Senior Leaving Certificate Examination (including Day School Certificate (Higher) General paper), 1946
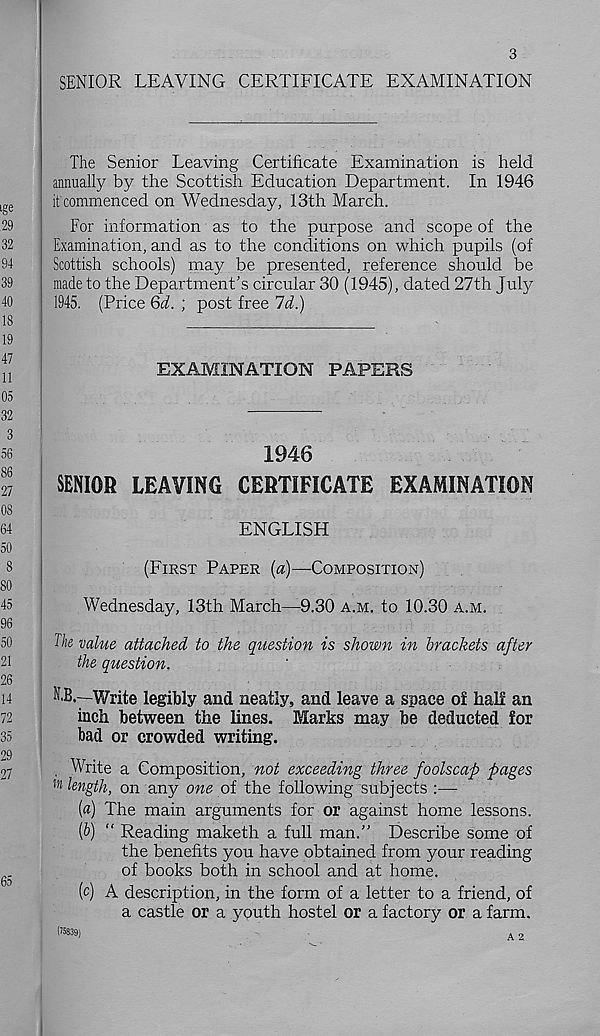
3
SENIOR LEAVING CERTIFICATE EXAMINATION
The Senior Leaving Certificate Examination is held
annually by the Scottish Education Department. In 1946
it'commenced on Wednesday, 13th March.
For information as to the purpose and scope of the
Examination, and as to the conditions on which pupils (of
Scottish schools) may be presented, reference should be
made to the Department’s circular 30 (1945), dated 27th July
1945. (Price Qd. ; post free Id.)
EXAMINATION PAPERS
1946
SENIOR LEAVING CERTIFICATE EXAMINATION
ENGLISH
(FIRST PAPER (a)—-COMPOSITION)
Wednesday, 13th March—9.30 A.M. to 10.30 A.M.
The value attached to the question is shown in brackets after
the question.
liB.—Write legibly and neatly, and leave a space ol hall an
inch between the lines. Marks may be deducted for
bad or crowded writing.
. Write a Composition, not exceeding three foolscap pages
length, on any one of the following subjects :—-
(а) The main arguments for or against home lessons.
(б) “ Reading maketh a full man.” Describe some of
the benefits you have obtained from your reading
of books both in school and at home.
(c) A description, in the form of a letter to a friend, of
a castle or a youth hostel or a factory or a farm.
A 2
(75839)